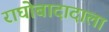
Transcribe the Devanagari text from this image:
राघोबादादाला